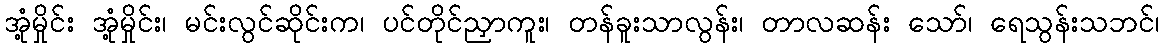
အုံ့မှိုင်း အုံ့မှိုင်း၊ မင်းလွင်ဆိုင်းက၊ ပင်တိုင်ညှာကူး၊ တန်ခူးသာလွန်း၊ တာလဆန်း သော်၊ ရေသွန်းသဘင်၊